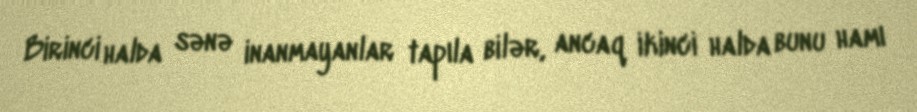
Birinci halda sənə inanmayanlar tapıla bilər, ancaq ikinci halda bunu hamı